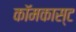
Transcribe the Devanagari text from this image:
कॉमकास्‍ट